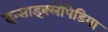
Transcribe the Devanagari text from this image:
इन्साइक्लोपेडिया